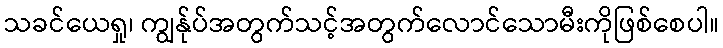
သခင်ယေရှု၊ ကျွန်ုပ်အတွက်သင့်အတွက်လောင်သောမီးကိုဖြစ်စေပါ။